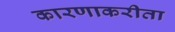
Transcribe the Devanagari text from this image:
कारणाकरीता